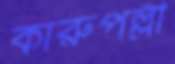
কারুপল্লী